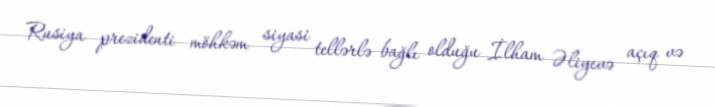
Rusiya prezidenti möhkəm siyasi tellərlə bağlı olduğu İlham Əliyevə açıq və